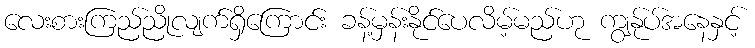
လေးစားကြည်ညိုလျက်ရှိကြောင်း ခန့်မှန်းနိုင်ပေလိမ့်မည်ဟု ကျွန်ုပ်အနေနှင့်